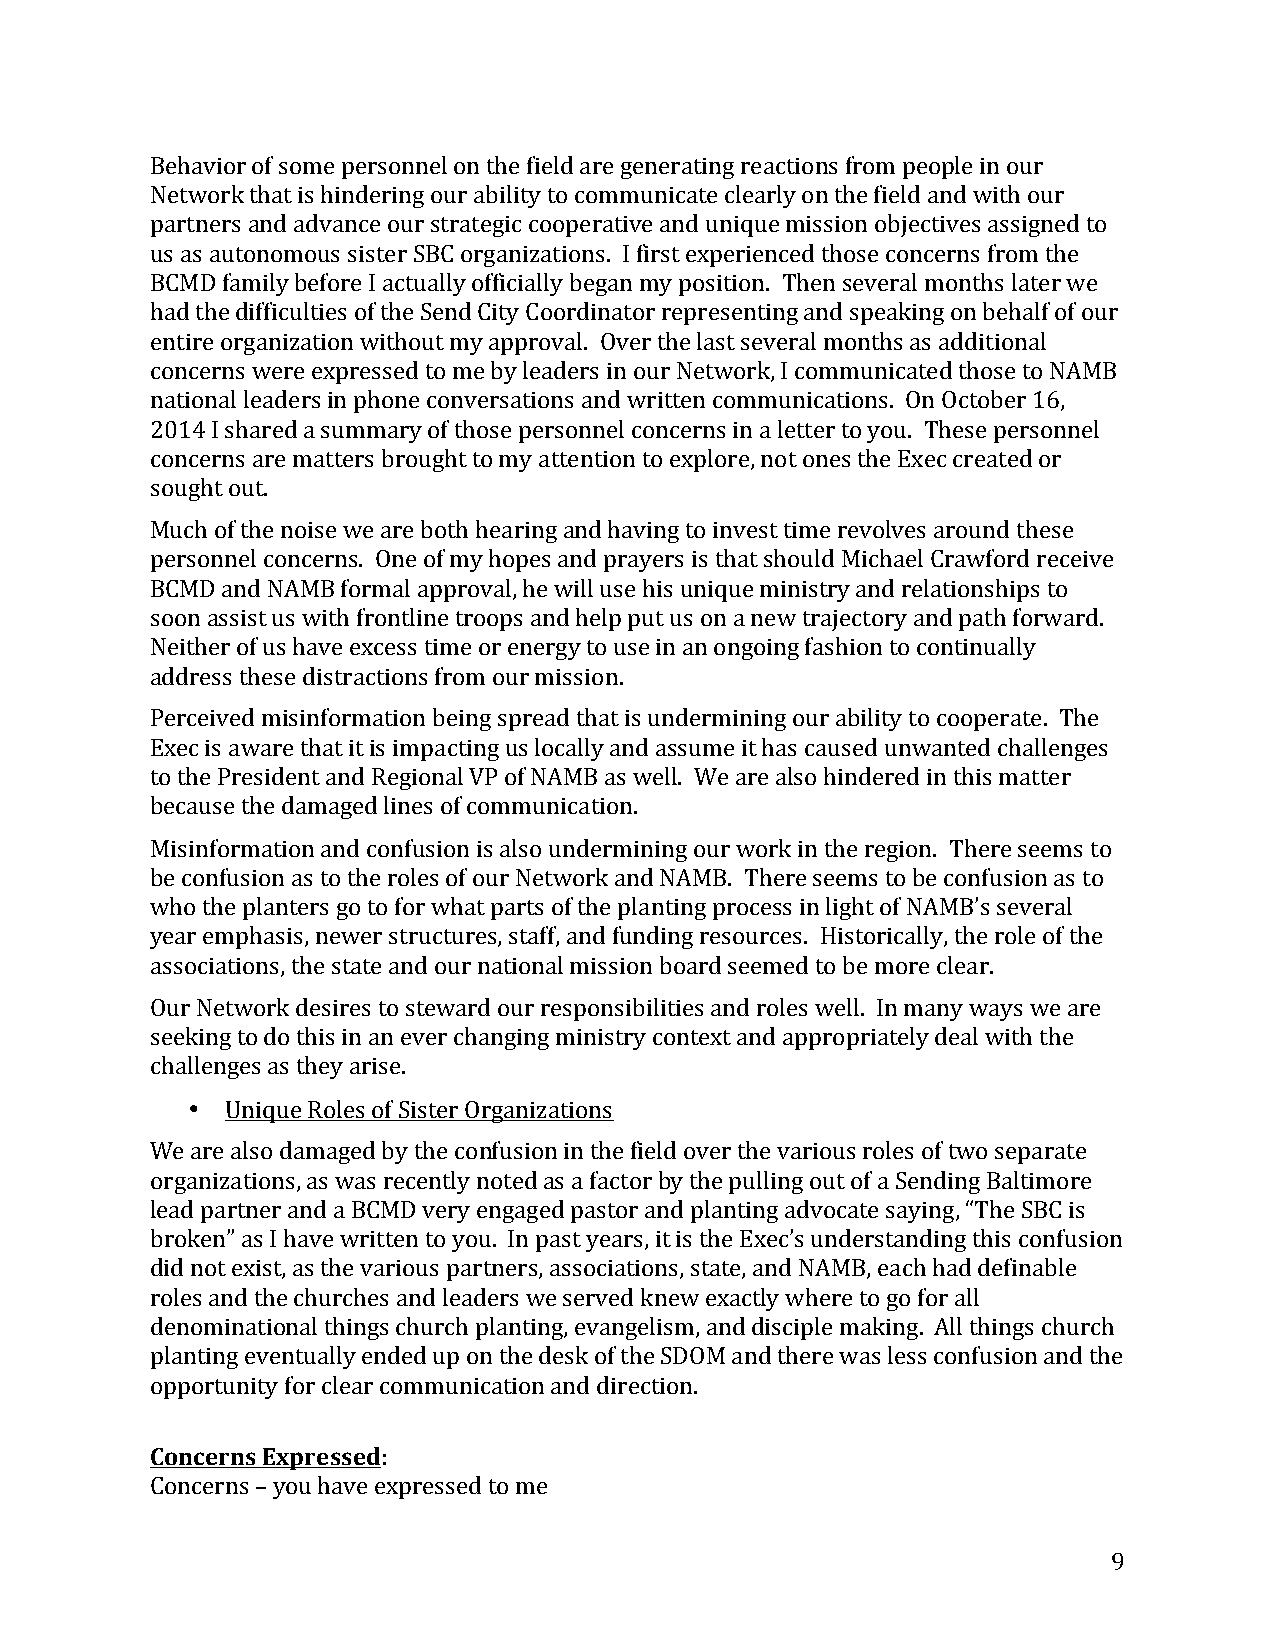
Behavior of some personnel on the field are generating reactions from people in our
 Network that is hindering our ability to communicate clearly on the field and with our
 partners and advance our strategic cooperative and unique mission objectives assigned to
 us as autonomous sister SBC organizations. I first experienced those concerns from the
 BCMD family before I actually officially began my position. Then several months later we
 had the difficulties of the Send City Coordinator representing and speaking on behalf of our
 entire organization without my approval. Over the last several months as additional
 concerns were expressed to me by leaders in our Network, I communicated those to NAMB
 national leaders in phone conversations and written communications. On October 16,
 2014 I shared a summary of those personnel concerns in a letter to you. These personnel
 concerns are matters brought to my attention to explore, not ones the Exec created or
 sought out.
 Much of the noise we are both hearing and having to invest time revolves around these
 personnel concerns. One of my hopes and prayers is that should Michael Crawford receive
 BCMD and NAMB formal approval, he will use his unique ministry and relationships to
 soon assist us with frontline troops and help put us on a new trajectory and path forward.
 Neither of us have excess time or energy to use in an ongoing fashion to continually
 address these distractions from our mission.
 Perceived misinformation being spread that is undermining our ability to cooperate. The
 Exec is aware that it is impacting us locally and assume it has caused unwanted challenges
 to the President and Regional VP of NAMB as well. We are also hindered in this matter
 because the damaged lines of communication.
 Misinformation and confusion is also undermining our work in the region. There seems to
 be confusion as to the roles of our Network and NAMB. There seems to be confusion as to
 who the planters go to for what parts of the planting process in light of NAMB’s several
 year emphasis, newer structures, staff, and funding resources. Historically, the role of the
 associations, the state and our national mission board seemed to be more clear.
 Our Network desires to steward our responsibilities and roles well. In many ways we are
 seeking to do this in an ever changing ministry context and appropriately deal with the
 challenges as they arise.
 •  Unique Roles of Sister Organizations
 We are also damaged by the confusion in the field over the various roles of two separate
 organizations, as was recently noted as a factor by the pulling out of a Sending Baltimore
 lead partner and a BCMD very engaged pastor and planting advocate saying, “The SBC is
 broken” as I have written to you. In past years, it is the Exec’s understanding this confusion
 did not exist, as the various partners, associations, state, and NAMB, each had definable
 roles and the churches and leaders we served knew exactly where to go for all
 denominational things church planting, evangelism, and disciple making. All things church
 planting eventually ended up on the desk of the SDOM and there was less confusion and the
 opportunity for clear communication and direction.
 Concerns Expressed:
 Concerns – you have expressed to me
 9